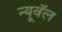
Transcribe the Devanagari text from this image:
न्यूवॅल